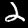
Digit: 2